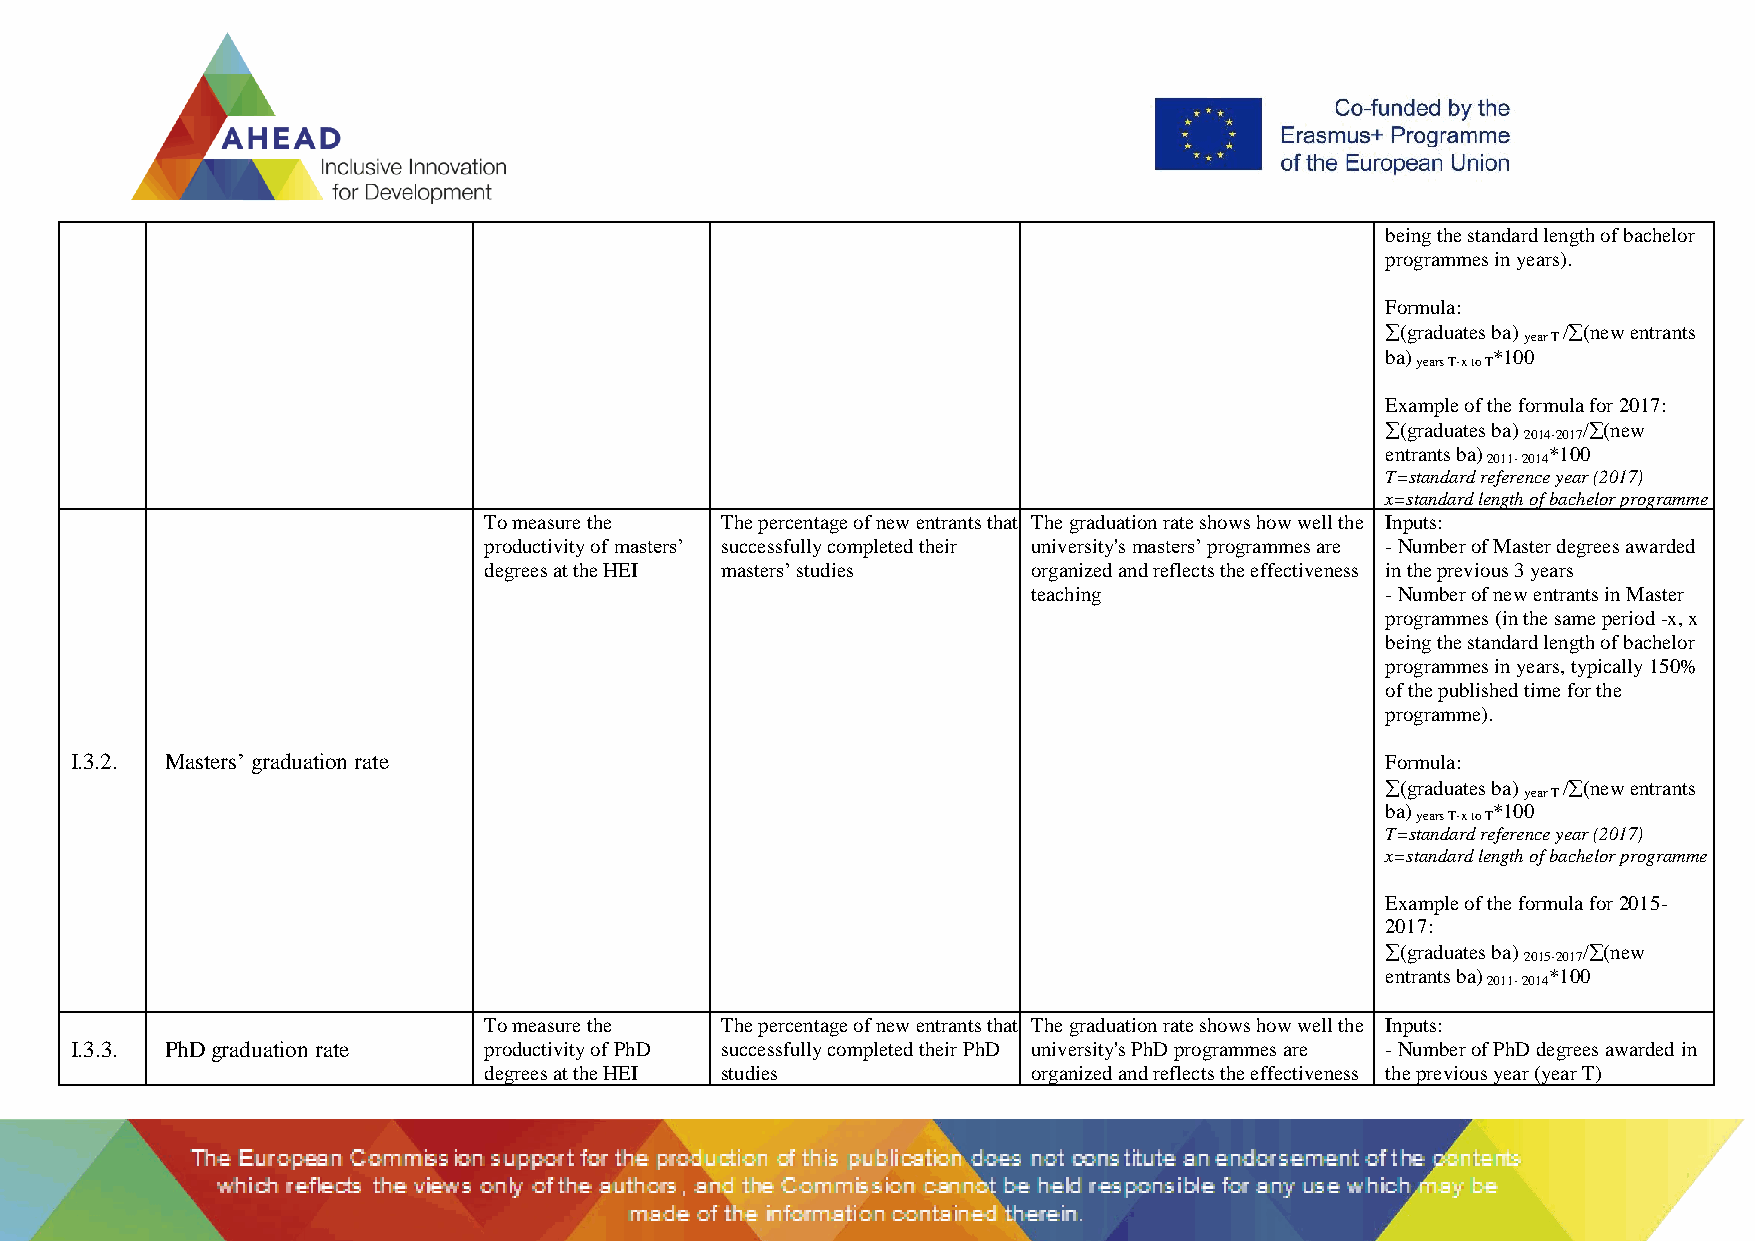
being the standard length of bachelor
 programmes in years).
 Formula:
 (graduates ba) /(new entrants
 year T
 ba)    *100
 years T-x to T
 Example of the formula for 2017:
 (graduates ba) /(new
 2014-2017
 entrants ba) *100
 2011- 2014
 T=standard reference year (2017)
 x=standard length of bachelor programme
 To measure the  The percentage of new entrants that The graduation rate shows how well the Inputs:
 productivity of masters’ successfully completed their university's masters’ programmes are - Number of Master degrees awarded
 degrees at the HEI masters’ studies organized and reflects the effectiveness in the previous 3 years
 teaching                - Number of new entrants in Master
 programmes (in the same period -x, x
 being the standard length of bachelor
 programmes in years, typically 150%
 of the published time for the
 programme).
 I.3.2. Masters’ graduation rate                                                        Formula:
 (graduates ba) /(new entrants
 year T
 ba)    *100
 years T-x to T
 T=standard reference year (2017)
 x=standard length of bachelor programme
 Example of the formula for 2015-
 2017:
 (graduates ba) /(new
 2015-2017
 entrants ba) *100
 2011- 2014
 To measure the  The percentage of new entrants that The graduation rate shows how well the Inputs:
 I.3.3. PhD graduation rate productivity of PhD successfully completed their PhD university's PhD programmes are - Number of PhD degrees awarded in
 degrees at the HEI studies          organized and reflects the effectiveness the previous year (year T)